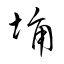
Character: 埆